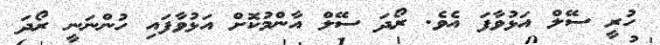
ހުރީ ސޭލް އަޅުވާފަ އެވެ. ރޯދަ ސޭލް އާންމުކޮށް އަޅުވާފައި ހުންނަނީ ރޯދަ